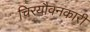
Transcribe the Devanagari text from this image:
चिरयौवनकारी